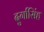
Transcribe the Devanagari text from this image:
दुर्गासिंह